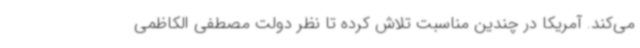
می‌کند. آمریکا در چندین مناسبت تلاش کرده تا نظر دولت مصطفی الکاظمی